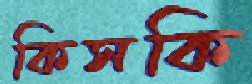
কিসকি